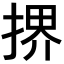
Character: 𫽜